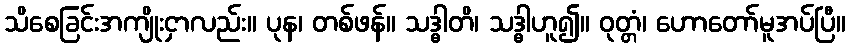
သိစေခြင်းအကျိုးငှာလည်း။ ပုန၊ တစ်ဖန်။ သဒ္ဓါတိ၊ သဒ္ဓါဟူ၍။ ဝုတ္တံ၊ ဟောတော်မူအပ်ပြီ။